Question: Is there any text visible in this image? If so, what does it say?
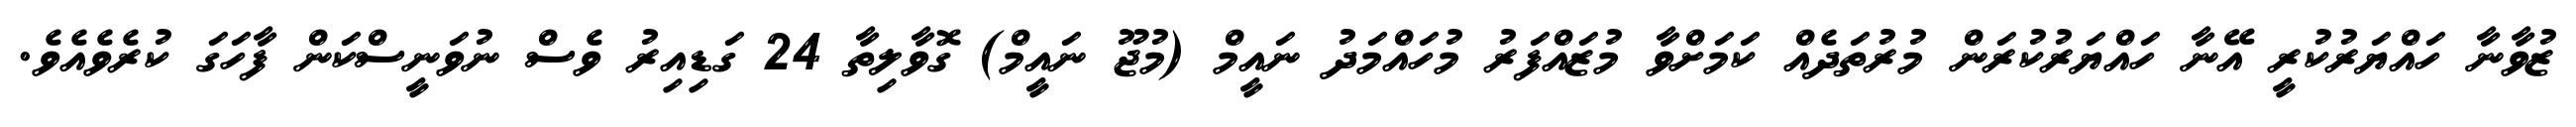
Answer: ޒުވާނާ ހައްޔަރުކުރީ އޭނާ ހައްޔަރުކުރަން މުރުތަދެއް ކަމަށްވާ މުޒައްފަރު މުހައްމަދު ނައީމް (މުޖޫ ނައީމް) ގޮވާލިތާ 24 ގަޑިއިރު ވެސް ނުވަނީސްކަން ފާހަގަ ކުރެވެއެވެ.